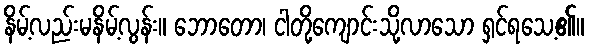
နိမ့်လည်းမနိမ့်လွန်း။ ဘောတော၊ ငါတို့ကျောင်းသို့လာသော ရှင်ရသေ့၏။